Calcutta medical institutions reports 1892-1900
Year: 1892
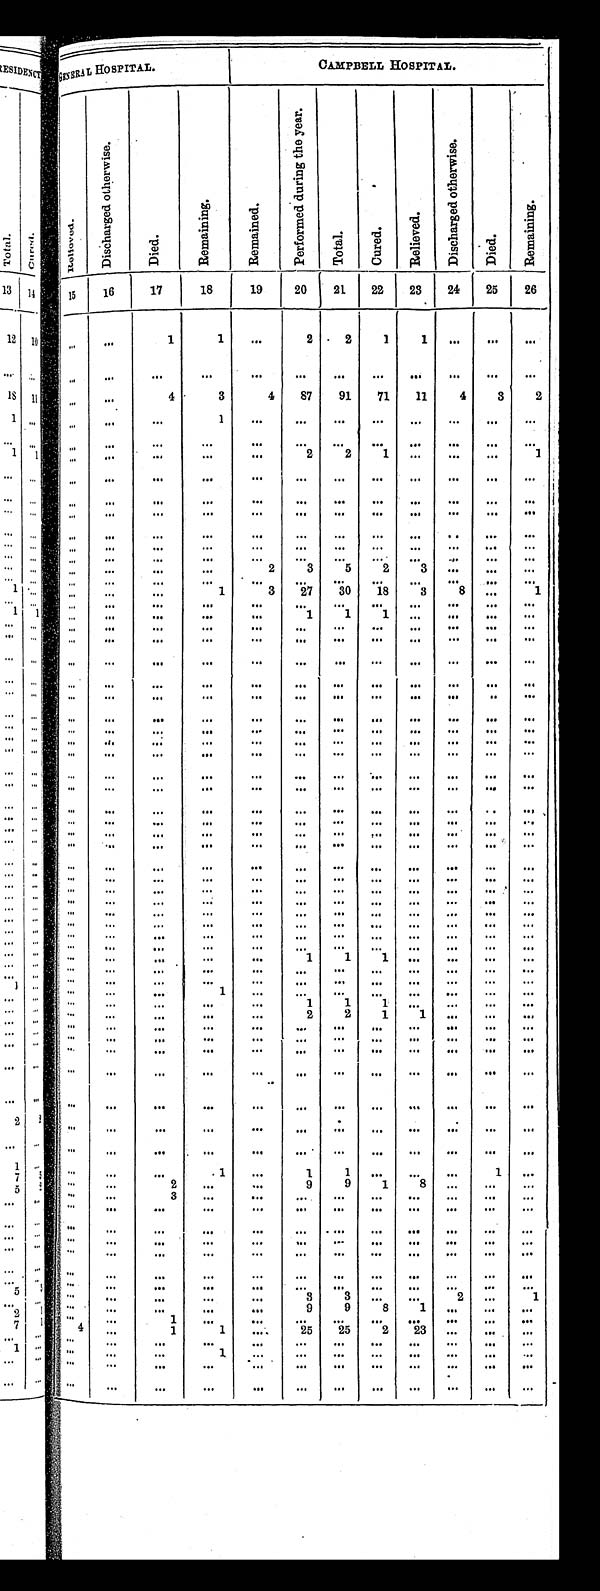
GENERAL HOSPITAL.
CAMPBELL HOSPITAL.
Relieved.
D i s c h a r g e d o t h e r w i s e .
D i e d .
R e m a i n i n g .
R e m a i n e d .
P e r f o r m e d d u r i n g t h e y e a r .
T o t a l .
C u r e d .
R e l i e v e d .
D i s c h a r g e d o t h e r w i s e .
D i e d .
R e m a i n i n g .
15
16
17
18
19
20
21
22
23
24
25
26
. . .
. . .
1
1
. . .
2
2
1
1
. . .
. . .. . .
. . .
. . .
. . .
. . .
. . . . . .
. . .
. . . . . .
. . .
. . .. . .
. . .
. . .
4
3
4
87
91
71
11
4
3
2
. . .
. . .
. . .
1
. . .
. . .
. . .. . .
. . .
. . .. . .
. . .
. . .
. . .
. . .
. . .
. . . . . .
. . . . . .
. . .
. . .. . .
. . .
. . .
. . .
. . .
. . .
. . .
2
2
1
. . .
. . .
. . .
1
. . .
. . .
. . .
. . .
. . .
. . .
. . .
. . . . . .
. . .
. . .
. . .
. . .
. . .
. . .
. . .
. . .
. . .
. . .
. . . . . .
. . .
. . .
. . .
. . .
. . .
. . .
. . .
. . .
. . .
. . .
. . . . . .
. . .
. . .
. . .
. . .
. . .
. . .
. . .
. . .
. . .
. . .
. . . . . .
. . .
. . .
. . .
. . .
. . .
. . .
. . .
. . . . . .
. . .
. . . . . .
. . .
. . .
. . .
. . .
. . .
. . .
. . .
. . . . . .
. . .
. . .
. . .
. . .
. . .
. . .
. . .
. . .
. . .
. . .
2
3
5
2
3
. . .
. . .
. . .
. . .
. . .
. . .
. . . . . .
. . .
. . .
. . . . . .
. . .
. . .
. . .
. . .
. . .
. . .
1
3
27
30
18
3
8
. . .
1
. . .
. . .
. . .
. . .
. . .
. . .
. . .. . .
. . .
. . . . . .
. . .
. . .
. . .
. . .
. . .
. . .
1
1 1
. . .
. . . . . .
. . .
. . .
. . .
. . .
. . .
. . . . . .
. . .. . .
. . .
. . . . . .
. . .
. . .
. . .
. . .
. . .
. . . . . .
. . .. . .
. . .
. . . . . .
. . .
. . .
. . .
. . .
. . .
. . . . . .
. . .. . .
. . .
. . . . . .
. . .
. . .
. . .
. . .
. . .
. . . . . .
. . .
. . .
. . .
. . . . . .
. . .
. . .
. . .
. . .
. . .
. . . . . .
. . . . . .
. . .
. . .
. . .
. . .
. . .
. . .
. . .
. . .
. . . . . .
. . . . . .
. . .
. . .
. . .. . .
. . .
. . . . . .
. . .
. . . . . .
. . . . . .
. . .
. . .
. . .. . .
. . .
. . .
. . .
. . .
. . . . . .
. . .
. . .
. . .
. . .
. . .. . .
. . .
. . .
. . .
. . .
. . . . . .
. . .
. . .
. . .
. . .
. . .
. . .
. . .
. . .
. . .
. . .
. . . . . .
. . .. . .
. . .
. . .
. . .. . .
. . .
. . .
. . .
. . .
. . . . . .
. . .. . .
. . .
. . .
. . .. . .
. . .
. . . . . .
. . .
. . . . . .
. . .. . .
. . .
. . .
. . .. . .
. . .
. . .
. . .
. . .
. . . . . .
. . .. . .
. . .
. . .
. . .. . .
. . .
. . . . . .
. . .
. . . . . .
. . .. . .
. . .
. . .
. . .. . .
. . .
. . .
. . .
. . .
. . . . . .
. . .. . .
. . .
. . .
. . .. . .
. . .
. . .
. . .
. . .
. . . . . .
. . .. . .
. . .
. . .
. . .
. . .
. . .
. . .
. . .
. . .
. . . . . .
. . .. . .
. . .
. . .
. . .. . .
. . .
. . .
. . .
. . .
. . . . . .
. . .. . .
. . .
. . .
. . .. . .
. . .
. . .
. . .
. . .
. . . . . .
. . .. . .
. . .
. . .
. . .
. . .
. . .
. . .
. . .
. . .
. . . . . .
. . .. . .
. . .
. . .
. . .
. . .
. . .
. . . . . .
. . .
. . . . . .
. . .
. . .
. . .
. . .
. . .
. . .
. . .
. . .
. . .
. . .
. . . . . .
. . .
. . .
. . .
. . .
. . .
. . .
. . .
. . .
. . .
. . .
. . . . . .
. . .
. . .
. . .
. . .
. . .
. . .
. . .
. . .
. . .
. . .
. . . 1
1 1
. . .
. . .
. . .
. . .
. . .
. . .
. . .
. . .
. . . . . .
. . .. . .
. . .
. . .
. . .. . .
. . .
. . .
. . .
. . .
. . . . . .
. . .. . .
. . .
. . .
. . .. . .
. . .
. . .
. . .
1
. . . . . .
. . .. . .
. . .
. . .
. . .. . .
. . .
. . . . . .
. . .
. . .
1
1
1
. . .
. . .
. . .
. . .
. . .
. . .
. . .
. . .
. . .
2
2
1
1
. . .
. . .. . .
. . .
. . .
. . .
. . .
. . .
. . .
. . .
. . . . . .
. . .
. . .. . .
. . .
. . .
. . .
. . .
. . .
. . .
. . .
. . . . . .
. . .
. . .
. . .
. . .
. . .
. . .
. . .
. . . . . .
. . .
. . . . . .
. . .
. . .. . .
. . .
. . .
. . .
. . .
. . . . . .
. . .
. . . . . .
. . .
. . .. . .
. . .
. . .
. . .
. . .
. . . . . .
. . .
. . . . . .
. . .
. . .. . .
. . .
. . .
. . .
. . .
. . . . . .
. . .
. . . . . .
. . .
. . .. . .
. . .
. . .
. . .
. . .
. . . . . .
. . .
. . . . . .
. . .
. . .. . .
. . .
. . .
. . .
1
. . .
1
1
. . . . . .
. . .
1
. . .
. . .
. . . 2
. . .
. . .
9
9
1
8
. . .
. . . . . .
. . .
. . .
3
. . .
. . .
. . .
. . .
. . .
. . .
. . .
. . .. . .
. . .
. . .
. . .
. . .
. . .
. . .
. . .
. . .
. . .
. . .
. . .. . .
. . .
. . . . . .
. . .
. . .
. . .
. . .
. . .
. . .
. . .
. . .. . .
. . .
. . .
. . .
. . .
. . .
. . .
. . .
. . .
. . .
. . .
. . .. . .
. . .
. . .
. . .
. . .
. . .
. . .
. . .
. . .
. . .
. . .
. . .. . .
. . .
. . .
. . .
. . .
. . .
. . .
. . .
. . .
. . .
. . .
. . .. . .
. . .
. . .
. . .
. . .
. . .
. . .
. . .
. . .
. . .
. . .
. . .
. . .
. . .
. . .
. . .
. . .
. . .
3
3
. . .
. . .
2
. . .
1
. . .
. . . . . .
. . .
. . .
9
9
8
1
. . .
. . .
. . .
. . .
. . .
1
. . .
. . .
. . .
. . .
. . .
. . .
. . .
. . .
. . .
4
. . .
1
1
. . .
25
25
2
23
. . .
. . .
. . .
. . .
. . .
. . .
. . .
. . .
. . .
. . .. . . . . .
. . .. . . . . .
. . .
. . .
. . .
1 . . .
. . .
. . .. . . . . .
. . .. . . . . .
. . .
. . .
. . .
. . .
. . .
. . .
. . .. . . . . .
. . .. . . . . .
. . .
. . .
. . .
. . .
. . .
. . .
. . .. . . . . .
. . .. . .
. . .